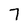
Character: 7